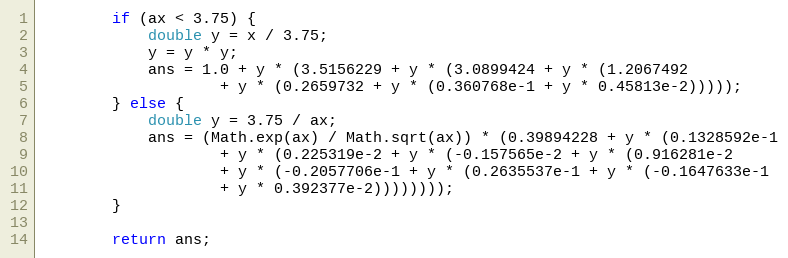
Language: Java
        if (ax < 3.75) {
            double y = x / 3.75;
            y = y * y;
            ans = 1.0 + y * (3.5156229 + y * (3.0899424 + y * (1.2067492
                    + y * (0.2659732 + y * (0.360768e-1 + y * 0.45813e-2)))));
        } else {
            double y = 3.75 / ax;
            ans = (Math.exp(ax) / Math.sqrt(ax)) * (0.39894228 + y * (0.1328592e-1
                    + y * (0.225319e-2 + y * (-0.157565e-2 + y * (0.916281e-2
                    + y * (-0.2057706e-1 + y * (0.2635537e-1 + y * (-0.1647633e-1
                    + y * 0.392377e-2))))))));
        }

        return ans;